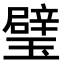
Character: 璧